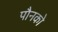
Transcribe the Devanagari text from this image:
पौनको